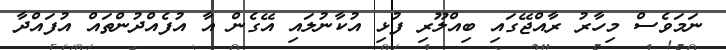
ނަމަވެސް މިހާރު ރާއްޖޭގައި ބިއްލޫރި ފުޅި އުކާނުލައި އޭގެން އާ އުފެއްދުންތައް އުފައްދާ